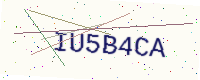
Text: IU5B4CA